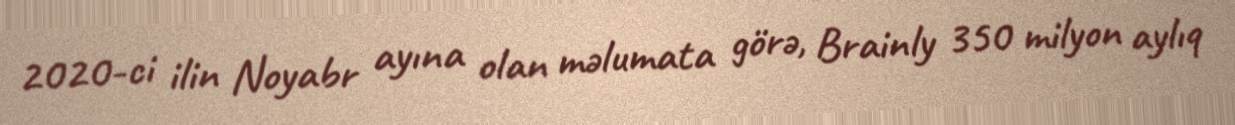
2020-ci ilin Noyabr ayına olan məlumata görə, Brainly 350 milyon aylıq